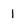
Character: 1